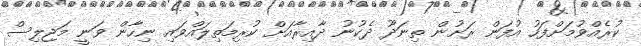
ކުރެއްވުމަށްފަހު އުފަން ރަށުން ތިނަދޫ ދެކުނު ދާއިރާއަށް ކުރިމަތިލައްވައި ނިހާން ވަނީ މަޖިލިސް